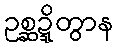
ဥစ္ဆဍ္ဍိတွာန